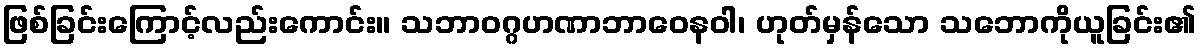
ဖြစ်ခြင်းကြောင့်လည်းကောင်း။ သဘာဝဂ္ဂဟဏာဘာဝေနဝါ၊ ဟုတ်မှန်သော သဘောကိုယူခြင်း၏